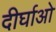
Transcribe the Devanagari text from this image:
दीर्घाओ